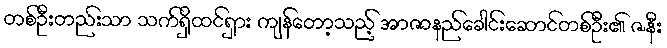
တစ်ဦးတည်းသာ သက်ရှိထင်ရှား ကျန်တော့သည့် အာဇာနည်ခေါင်းဆောင်တစ်ဦး၏ ဇနီး